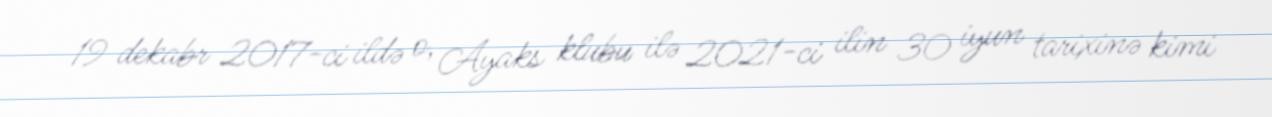
19 dekabr 2017-ci ildə o, Ayaks klubu ilə 2021-ci ilin 30 iyun tarixinə kimi